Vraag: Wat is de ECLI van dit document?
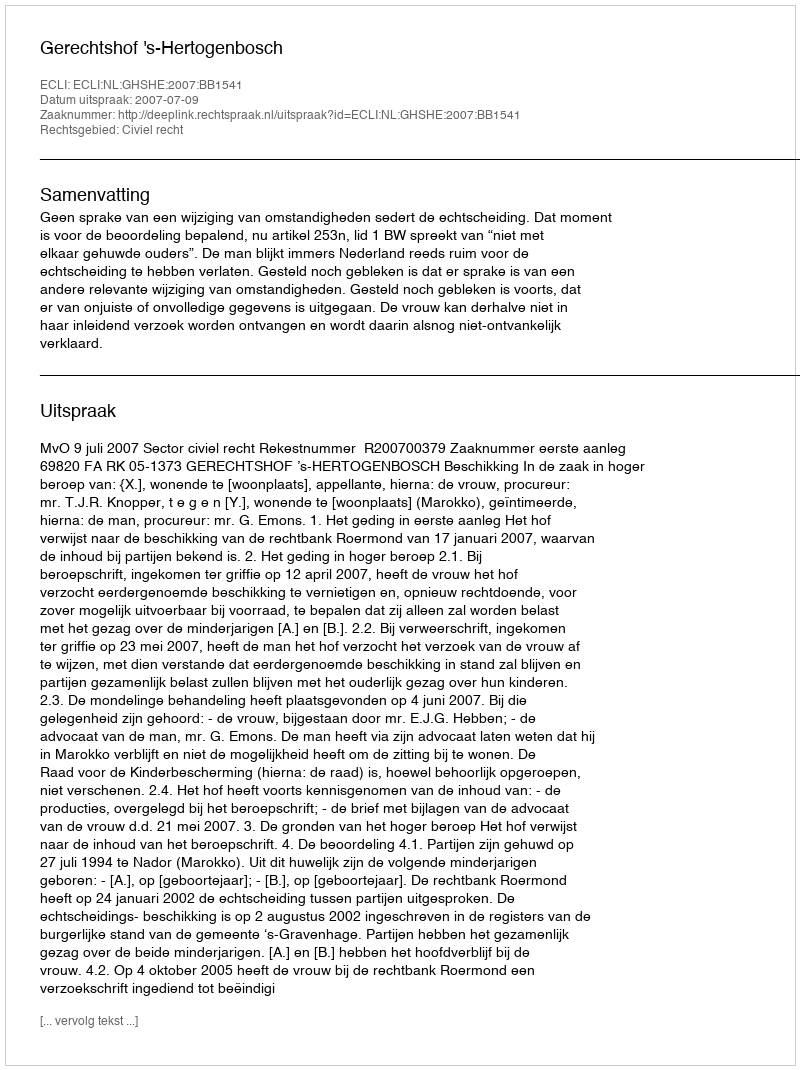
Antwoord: ECLI:NL:GHSHE:2007:BB1541